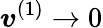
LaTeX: \boldsymbol{v}^{(1)}\to 0